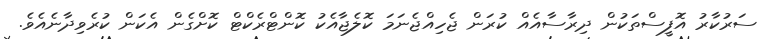
ސަރުކާރު އޮފީސްތަކުން ދިރާސާއެއް ކުރަން ޖެހިއްޖެނަމަ ކޮލެޖާއެކު ކޮންޓްރެކްޓް ކޮށްގެން އެކަން ކުރެވިދާނެއެވެ.